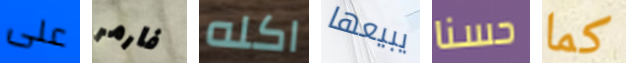
على فارمر اكله يبيعها حسنا كما